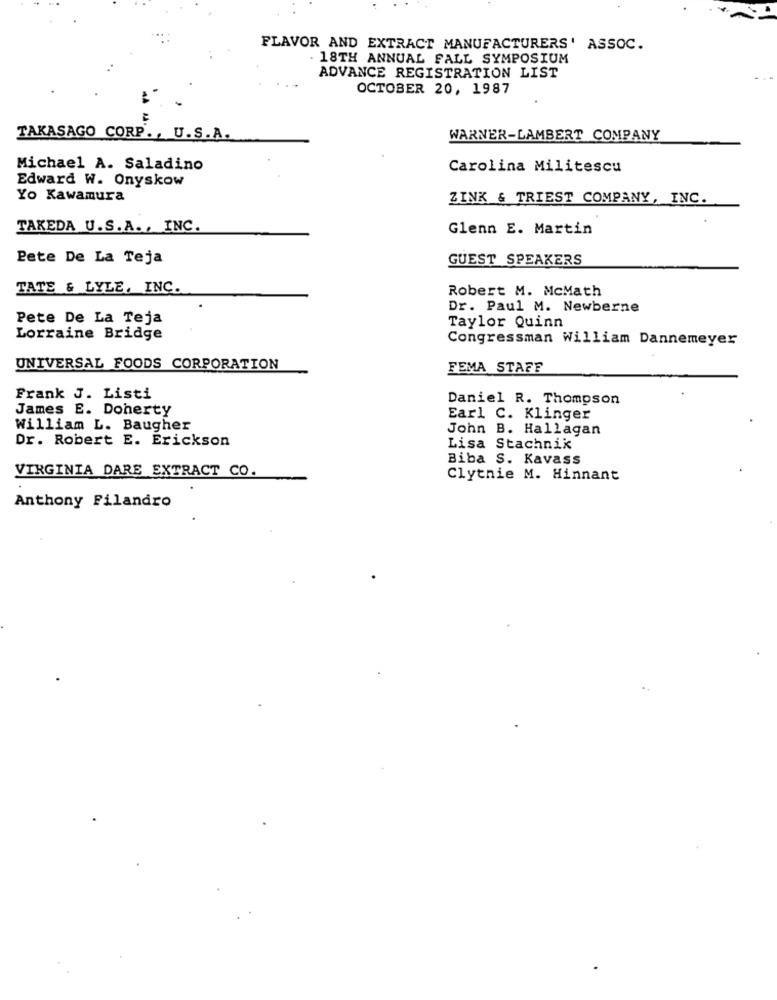
FLAVOR AND EXTRACT MANUFACTURERS' ASSOC.
. 18TH ANNUAL FALL SYMPOSIUM
ADVANCE REGISTRATION LIST
OCTOBER 20, 1987
TAKASAGO CORP ., U.S.A.
WARNER-LAMBERT COMPANY
Michael A. Saladino
Carolina Militescu
Edward W. Onyskow
Yo Kawamura
ZINK & TRIEST COMPANY, INC.
TAKEDA U.S.A ., INC.
Glenn E. Martin
Pete De La Teja
GUEST SPEAKERS
TATE & LYLE, INC.
Robert M. McMath
Dr. Paul M. Newberne
Pete De La Teja
Taylor Quinn
Lorraine Bridge
Congressman William Dannemeyer
UNIVERSAL FOODS CORPORATION
FEMA STAFF
Frank J. Listi
Daniel R. Thompson
James E. Doherty
Earl C. Klinger
William L. Baugher
John B. Hallagan
Dr. Robert E. Erickson
Lisa Stachnik
Biba S. Kavass
VIRGINIA DARE EXTRACT CO.
Clytnie M. Hinnant
Anthony Filandro